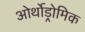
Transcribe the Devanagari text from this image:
ओर्थोड्रोमिक